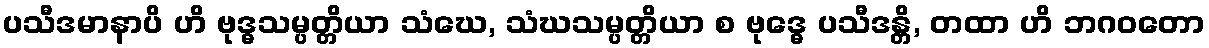
ပသီဒမာနာပိ ဟိ ဗုဒ္ဓသမ္ပတ္တိယာ သံဃေ, သံဃသမ္ပတ္တိယာ စ ဗုဒ္ဓေ ပသီဒန္တိ, တထာ ဟိ ဘဂဝတော